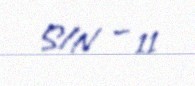
S/N — 11